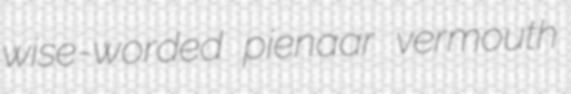
wise-worded pienaar vermouth